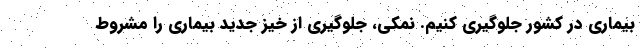
بیماری در کشور جلوگیری کنیم. نمکی، جلوگیری از خیز جدید بیماری را مشروط